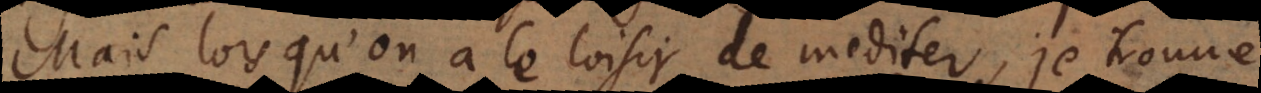
Mais lorsqu’on a le loisir de mediter, je trouve